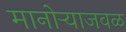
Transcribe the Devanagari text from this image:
मानोऱ्याजवळ